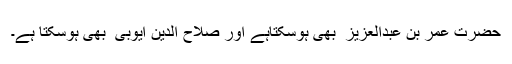
حضرت عمر بن عبدالعزیز ؓ بھی ہوسکتاہے اور صلاح الدین ایوبی ؒ بھی ہوسکتا ہے۔